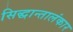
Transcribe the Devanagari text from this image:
सिद्धान्तालंकार